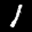
Label: 1